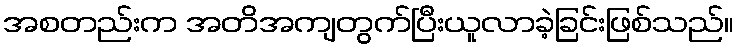
အစတည်းက အတိအကျတွက်ပြီးယူလာခဲ့ခြင်းဖြစ်သည်။